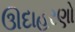
ઊદાહરણો